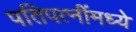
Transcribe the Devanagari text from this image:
पतिपत्‍नींमध्ये